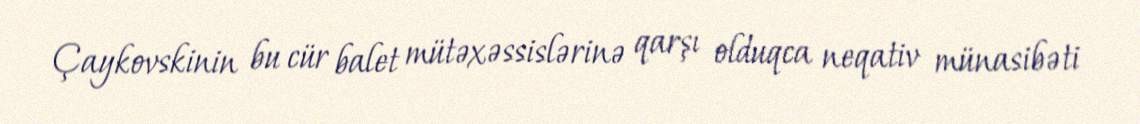
Çaykovskinin bu cür balet mütəxəssislərinə qarşı olduqca neqativ münasibəti